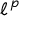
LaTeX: \, \ell ^ { \, p \ }